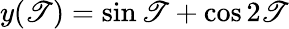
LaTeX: y(\mathscr{T})=\sin\mathscr{T}+\cos2\mathscr{T}